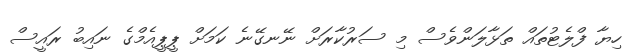
ހިޔާ ފްލެޓުތައް ތަޅާލަންވެސް މި ސަރުކާރަށް ނޭނގޭނެ ކަމަށް ޕީޕީއެމްގެ ނައިބު ރައީސް